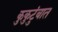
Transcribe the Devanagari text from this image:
कुकुटुंबात